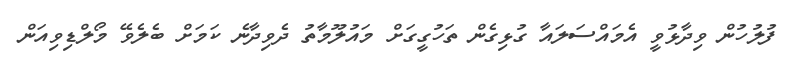
ފުލުހުން ވިދާޅުވީ އެމައްސަލައާ ގުޅިގެން ތަހުގީގަށް މައުލޫމާތު ދެވިދާނެ ކަމަށް ބެލެވޭ މޯލްޑިވިއަން